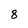
Character: 8